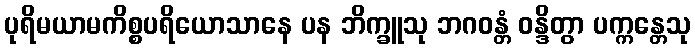
ပုရိမယာမကိစ္စပရိယောသာနေ ပန ဘိက္ခူသု ဘဂဝန္တံ ဝန္ဒိတွာ ပက္ကန္တေသု